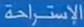
الإستراحة